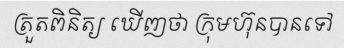
ត្រួតពិនិត្យ ឃើញថា ក្រុមហ៊ុនបានទៅ